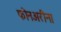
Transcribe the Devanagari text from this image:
फोनअरीना